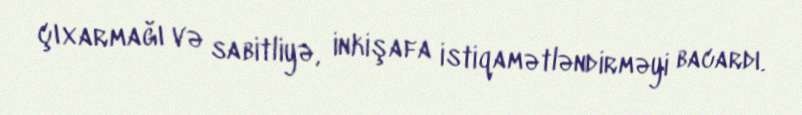
çıxarmağı və sabitliyə, inkişafa istiqamətləndirməyi bacardı.